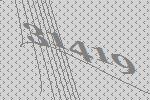
31419